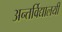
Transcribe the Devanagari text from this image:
अन्तर्विद्यालयी